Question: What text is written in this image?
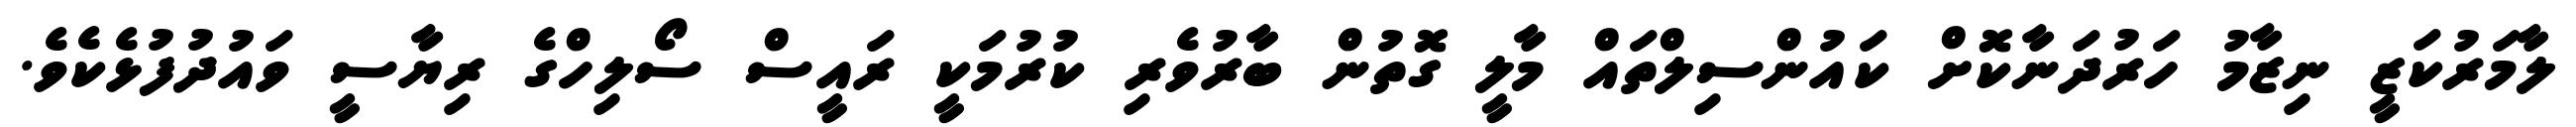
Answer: ލާމަރުކަޒީ ނިޒާމު ހަރުދަނާކޮށް ކައުންސިލްތައް މާލީ ގޮތުން ބާރުވެރި ކުރުމަކީ ރައީސް ސޯލިހްގެ ރިޔާސީ ވައުދުފުޅެކެވެ.